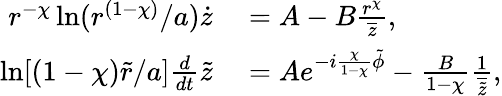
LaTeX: \begin{array}{rl}{r^{-\chi}\ln(r^{(1-\chi)}/a)\dot{z}}&{{}=A-B\frac{r^{\chi}}{\overline{{z}}},}\\ {\ln[(1-\chi)\tilde{r}/a]\frac{d}{dt}\tilde{z}}&{{}=Ae^{-i\frac{\chi}{1-\chi}\tilde{\phi}}-\frac{B}{1-\chi}\frac{1}{\overline{{\tilde{z}}}},}\end{array}